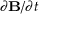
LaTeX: \scriptstyle \partial \mathbf { B } / \partial t